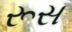
રૂસ